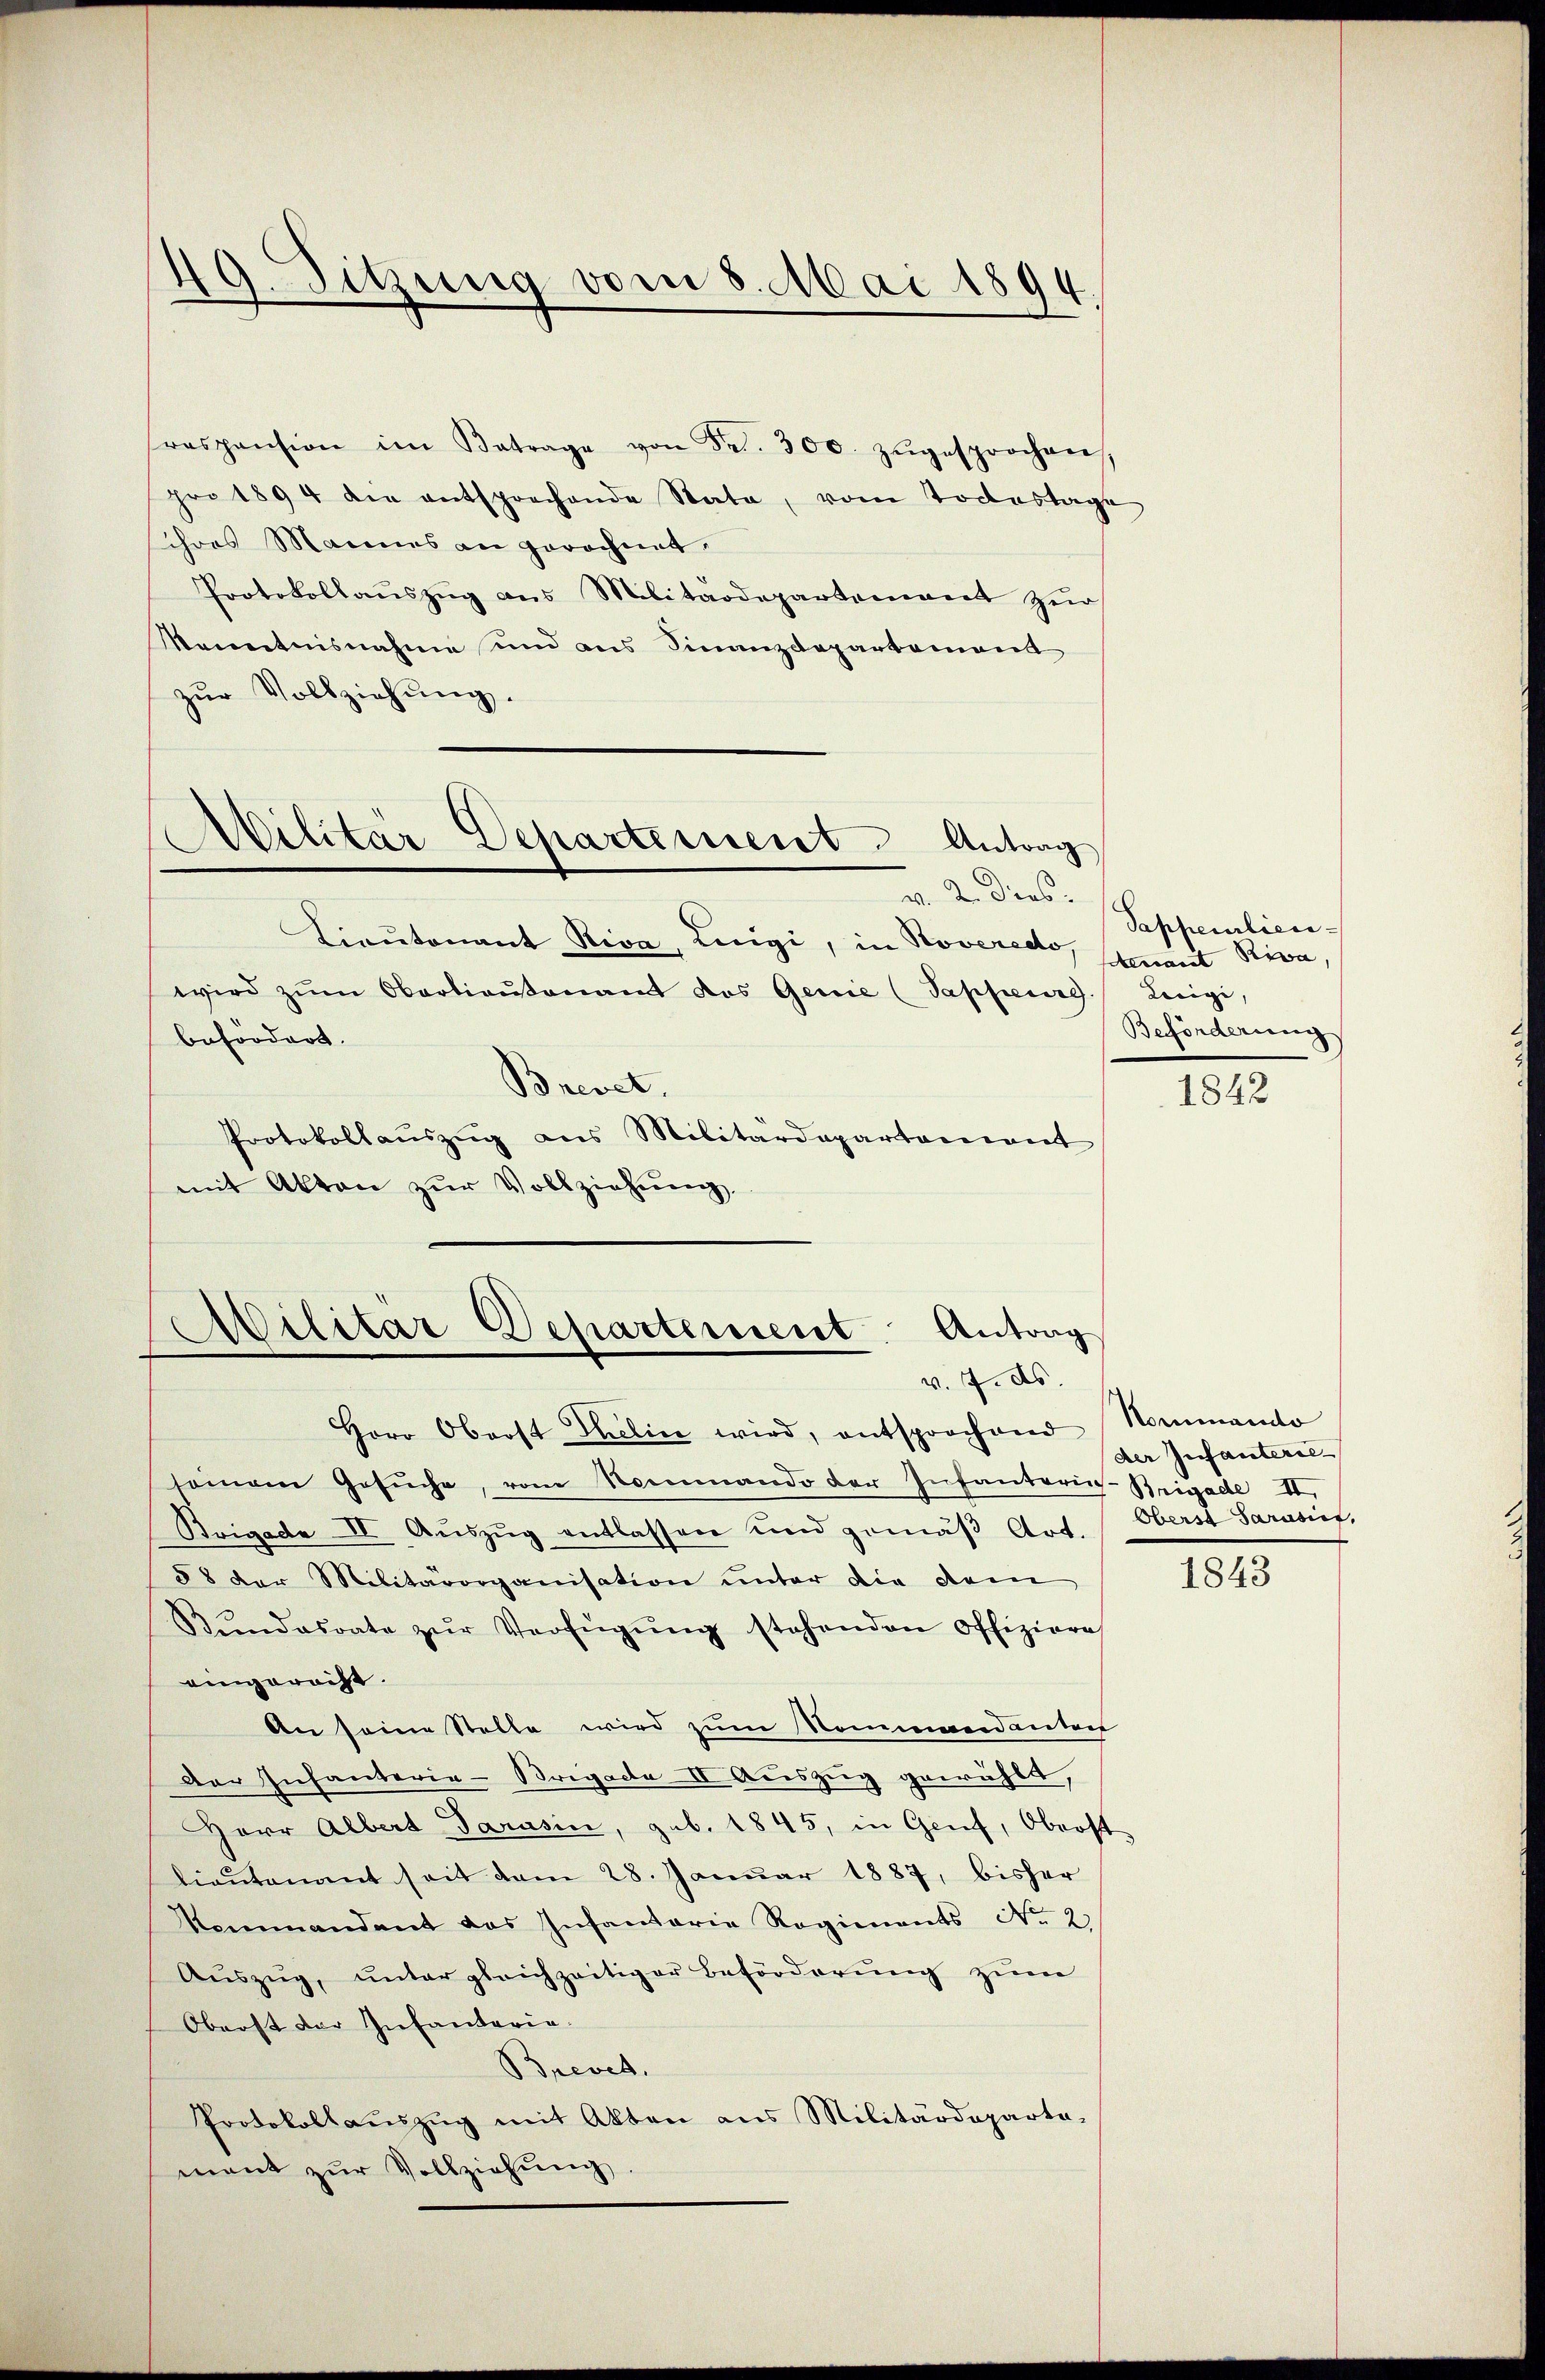
49. Sitzung vom 8. Mai 1894

raspension im Betrage von Fr. 300. zŭgesprochen,
pro 1894 die entsprechende Stata, vom Todestage
ihres Mannes an gerechnet.
Protokollaŭszŭg ans Militärdepartement zŭr
Kenntnisnahme und ans Finanzdepartement
zŭr Vollziehung.

Militär Departement Antrag
v. 2. Dies

Lieŭtonant Riva, Luigi, in Roveredo, mant Riva,
wird zŭm Oberlieŭtenamt das Genie (Sappeurg.
befördert.
Brevet,
Protokollaŭszŭg ans Militärdepartement
mit Akten zŭr Vollziehŭng

Militär-Departement Antrag
v. 7. ds.

Herr Oberst Thelin wird, entsprochend Nommando
somam Gesŭche, von Nommando der Infanterie-Brigade II.
Brigade IV Aŭszŭg entlassen und gemäβ Art. Oberst Sarasief,
58 der Militärorganisation unter die dem
Bŭndesrate zŭr Verfügŭng stehenden Offiziere
eingerecht.
An seine Stelle wird zum Kommandanters
Der Infanteria-Brigade II. Auszug gewählt,
Herr Albert Parasin, geb. 1845, in Genf, Oberst
lieutenant seit dem 28. Januar 1887, bisher
Kommandant das Infantaria Regiments No. 2
Aŭszŭg, ŭntergleichzeitiger Beförderŭng zŭm
Oberst der Infantaria
Brevet.
Protokollaŭszŭg mit Akten aus Militärdeparte-
mant zŭr Vollziehŭng

Sappeurliere
Luigi,
Beförderung

1842

der Infanterie-

1843